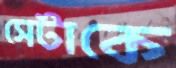
সেটাকে